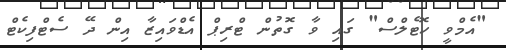
"އެމްވީ ހޮޓެލްސް" ގައި ވާ ގޮތުން ޓްރިޕް އެޑްވައިޒާ އިން ދޭ ސެޓްފިކެޓް